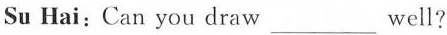
Su Hai:Can you draw ___ well?